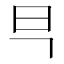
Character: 𭥋